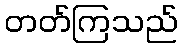
တတ်ကြသည်